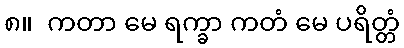
၈။  ကတာ မေ ရက္ခာ ကတံ မေ ပရိတ္တံ